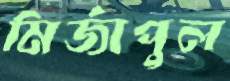
মির্জাপুল